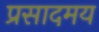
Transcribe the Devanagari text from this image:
प्रसादमय